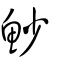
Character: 魦